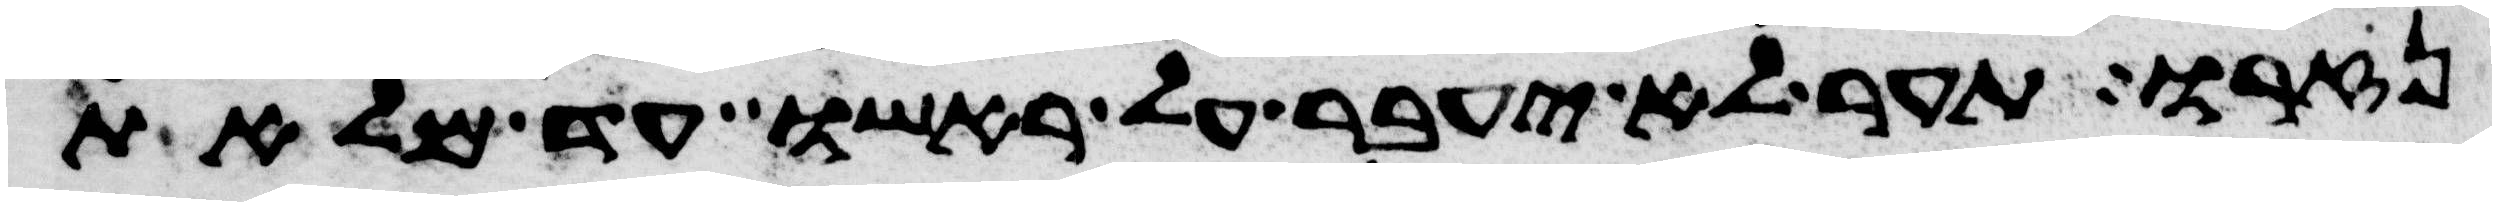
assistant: נזרו תער לא יעבר על ראשו עד מלאת